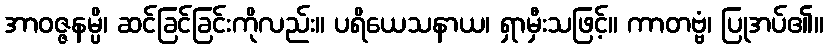
အာဝဇ္ဇနမ္ပိ၊ ဆင်ခြင်ခြင်းကိုလည်း။ ပရိယေသနာယ၊ ရှာမှီးသဖြင့်။ ကာတဗ္ဗံ၊ ပြုအပ်၏။